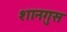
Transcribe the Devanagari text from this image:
शानगुस